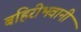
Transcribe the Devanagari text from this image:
बहिरीभवानी